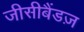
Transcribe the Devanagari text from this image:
जीसीबैंडज़